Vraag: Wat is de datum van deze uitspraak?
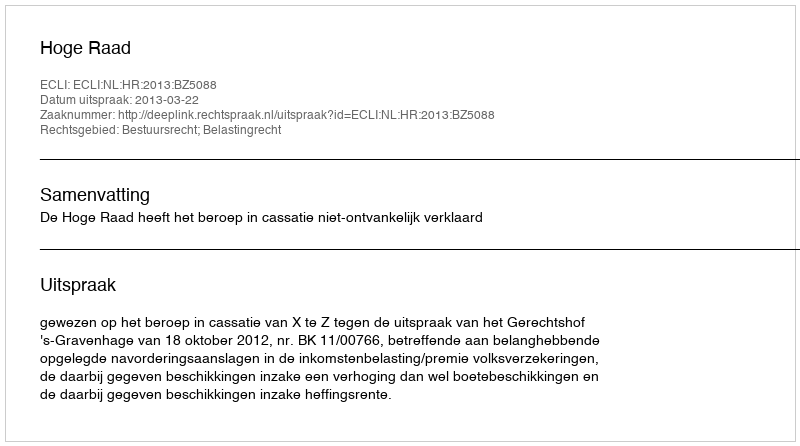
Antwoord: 2013-03-22